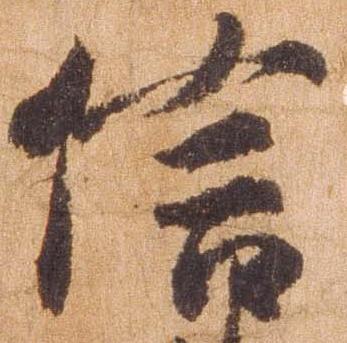
信